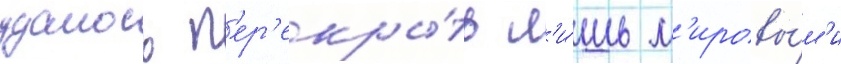
удалось п'ер'екры́ть л'и́шь м'ировы́м'и